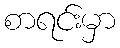
စာရင်းမှာ